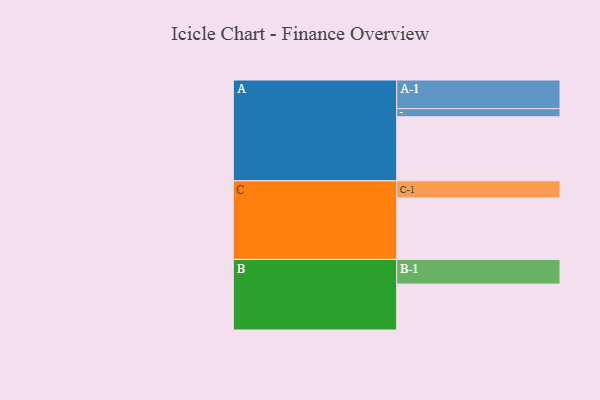
{"axis": {"x": "Segment", "y": "Value"}, "legend": ["", "A", "B", "C"], "data": [{"x": "A", "y": 547, "type": ""}, {"x": "B", "y": 392, "type": ""}, {"x": "C", "y": 525, "type": ""}, {"x": "A-1", "y": 245, "type": "A"}, {"x": "A-2", "y": 69, "type": "A"}, {"x": "B-1", "y": 211, "type": "B"}, {"x": "C-1", "y": 146, "type": "C"}]}